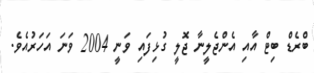
ބްރެޑް ބިޓް އާއި އެންޖެލީނާ ޖޮލީ ގުޅިފައި ވަނީ 2004 ވަނަ އަހަރުއެވެ.